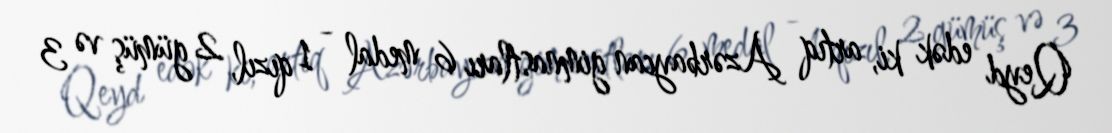
Qeyd edək ki, artıq Azərbaycan gimnastları 6 medal - 1 qızıl, 2 gümüş və 3